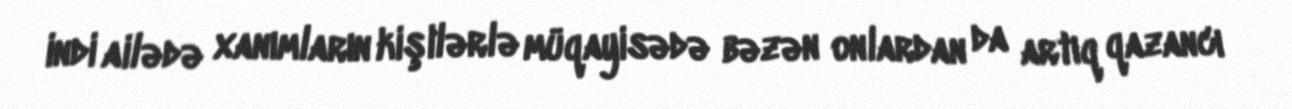
indi ailədə xanımların kişilərlə müqayisədə bəzən onlardan da artıq qazancı